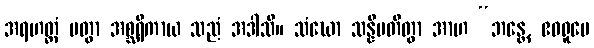
အရဟတ္တံ ပတွာ အစ္ဆရိကာယ သညံ အဒါသိ။ သံဃော သန္နိပတိတွာ အာဟ “ဘန္တေ, ဧဝရူပေ